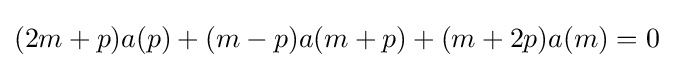
(2m+p)a(p)+(m-p)a(m+p)+(m+2p)a(m)=0